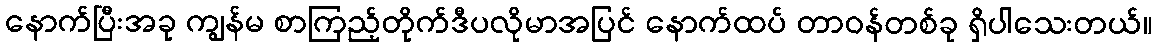
နောက်ပြီးအခု ကျွန်မ စာကြည့်တိုက်ဒီပလိုမာအပြင် နောက်ထပ် တာဝန်တစ်ခု ရှိပါသေးတယ်။